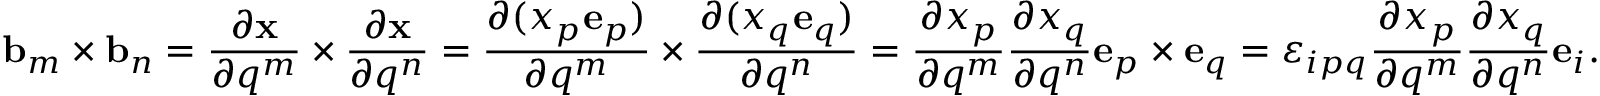
\mathbf { b } _ { m } \times \mathbf { b } _ { n } = { \frac { \partial \mathbf { x } } { \partial q ^ { m } } } \times { \frac { \partial \mathbf { x } } { \partial q ^ { n } } } = { \frac { \partial ( x _ { p } \mathbf { e } _ { p } ) } { \partial q ^ { m } } } \times { \frac { \partial ( x _ { q } \mathbf { e } _ { q } ) } { \partial q ^ { n } } } = { \frac { \partial x _ { p } } { \partial q ^ { m } } } { \frac { \partial x _ { q } } { \partial q ^ { n } } } \mathbf { e } _ { p } \times \mathbf { e } _ { q } = \varepsilon _ { i p q } { \frac { \partial x _ { p } } { \partial q ^ { m } } } { \frac { \partial x _ { q } } { \partial q ^ { n } } } \mathbf { e } _ { i } .